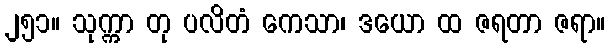
၂၅၁။ သုက္ကာ တု ပလိတံ ကေသာ၊ ဒယော ထ ဇရတာ ဇရာ။